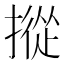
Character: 摐